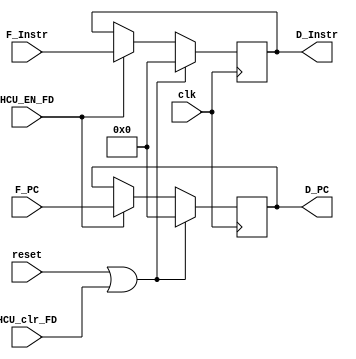
`timescale 1ns / 1ps
//-------------------------------------------------------------------------------------------


//--------------------------------------------------------------------------------------------------------
module F_D (
    input clk,
    input reset,
    input HCU_EN_FD,
    input HCU_clr_FD,
    input [31:0] F_Instr,
    input [31:0] F_PC,
    output reg [31:0] D_Instr,
    output reg [31:0] D_PC
    );
//----------------------------------------------------------------------------------------------------


//D_reg-------------------------------------------------------------------------------------------
    always @(posedge clk) begin
        if (reset | HCU_clr_FD) begin
            D_Instr <= 32'H0000_0000;
            D_PC <= 32'H0000_0000;
        end
        else begin
            if (HCU_EN_FD) begin
                D_Instr <= F_Instr;
                D_PC <= F_PC;
            end
        end
    end
//--------------------------------------------------------------------------------------------------


endmodule